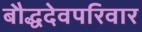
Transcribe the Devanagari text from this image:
बौद्धदेवपरिवार